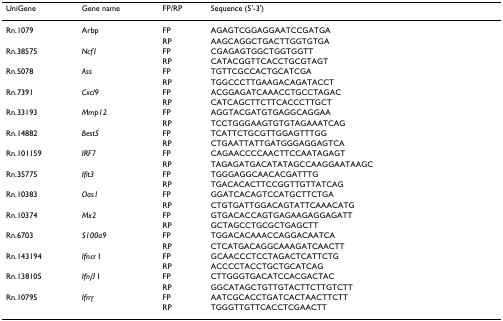
| UniGene | Gene name | FP/RP | Sequence (5'-3') |
 | --- | --- | --- | --- |
 | Rn.1079 | Arbp | FP | AGAGTCGGAGGAATCCGATGA |
 |  |  | RP | AAGCAGGCTGACTTGGTGTGA |
 | Rn.38575 | Ncf1 | FP | CGAGAGTGGCTGGTGGTT |
 |  |  | RP | CATACGGTTCACCTGCGTAGT |
 | Rn.5078 | Ass | FP | TGTTCGCCACTGCATCGA |
 |  |  | RP | TGGCCCTTGAAGACAGATACCT |
 | Rn.7391 | Cxcl9 | FP | ACGGAGATCAAACCTGCCTAGAC |
 |  |  | RP | CATCAGCTTCTTCACCCTTGCT |
 | Rn.33193 | Mmp12 | FP | AGGTACGATGTGAGGCAGGAA |
 |  |  | RP | TCCTGGGAAGTGTGTAGAAATCAG |
 | Rn.14882 | Best5 | FP | TCATTCTGCGTTGGAGTTTGG |
 |  |  | RP | CTGAATTATTGATGGGAGGAGTCA |
 | Rn.101159 | IRF7 | FP | CAGAACCCCAACTTCCAATAGAGT |
 |  |  | RP | TAGAGATGACATATAGCCAAGGAATAAGC |
 | Rn.35775 | Ifit3 | FP | TGGGAGGCAACACGATTTG |
 |  |  | RP | TGACACACTTCCGGTTGTTATCAG |
 | Rn.10383 | Oas1 | FP | GGATCACAGTCCATGCTTCTGA |
 |  |  | RP | CTGTGATTGGACAGTATTCAAACATG |
 | Rn.10374 | Mx2 | FP | GTGACACCAGTGAGAAGAGGAGATT |
 |  |  | RP | GCTAGCCTGCGCTGAGCTT |
 | Rn.6703 | S100a9 | FP | TGGACACAAACCAGGACAATCA |
 |  |  | RP | CTCATGACAGGCAAAGATCAACTT |
 | Rn.143194 | Ifnα 1 | FP | GCAACCCTCCTAGACTCATTCTG |
 |  |  | RP | ACCCCTACCTGCTGCATCAG |
 | Rn.138105 | Ifnβ 1 | FP | CTTGGGTGACATCCACGACTAC |
 |  |  | RP | GGCATAGCTGTTGTACTTCTTGTCTT |
 | Rn.10795 | Ifnγ | FP | AATCGCACCTGATCACTAACTTCTT |
 |  |  | RP | TGGGTTGTTCACCTCGAACTT |